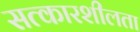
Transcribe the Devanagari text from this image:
सत्कारशीलता